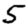
Digit: 5